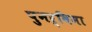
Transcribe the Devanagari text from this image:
पुनर्विमा